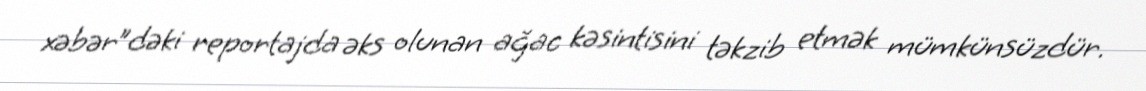
xəbər”dəki reportajda əks olunan ağac kəsintisini təkzib etmək mümkünsüzdür.